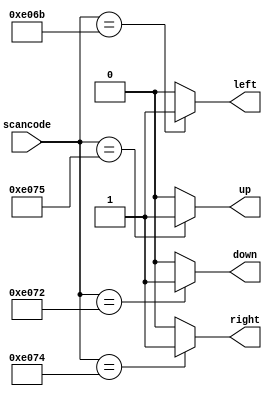
// synthesis verilog_input_version verilog_2001
module top_module (
    input [15:0] scancode,
    output reg left,
    output reg down,
    output reg right,
    output reg up  ); 
	always @(*) begin
        up = 1'b0; down = 1'b0; left = 1'b0; right = 1'b0;
        case (scancode)
            16'he06b : left = 1;
            16'he072 : down = 1;
            16'he074 : right = 1;
            16'he075 : up = 1;
        endcase
    end    
endmodule